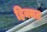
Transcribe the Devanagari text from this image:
हिक्मत